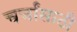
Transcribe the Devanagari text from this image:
चर्चांसाठी